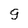
Character: 9